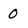
Character: O